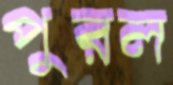
পুরল